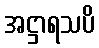
အဋ္ဌာရသပိ